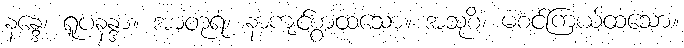
နန္ဒေ၊ ရူပနန္ဒာ။ အာတုရံ၊ နာကျင်စွာထသော။ အသုစိံ၊ မစင်ကြယ်ထသော။